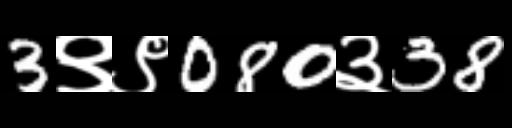
Text: 3९९080३38